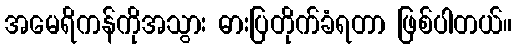
အမေရိကန်ကိုအသွား ဓားပြတိုက်ခံရတာ ဖြစ်ပါတယ်။